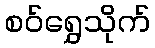
စဝ်ရွှေသိုက်